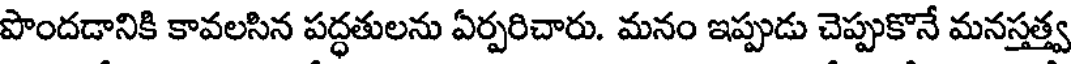
పొందడానికి కావలసిన పద్ధతులను ఏర్పరిచారు. మనం ఇప్పుడు చెప్పుకొనే మనస్తత్త్వ